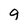
Character: g